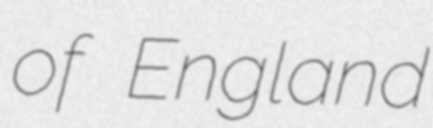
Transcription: of England